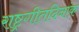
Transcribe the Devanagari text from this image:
राष्ट्रगीतदिनांक